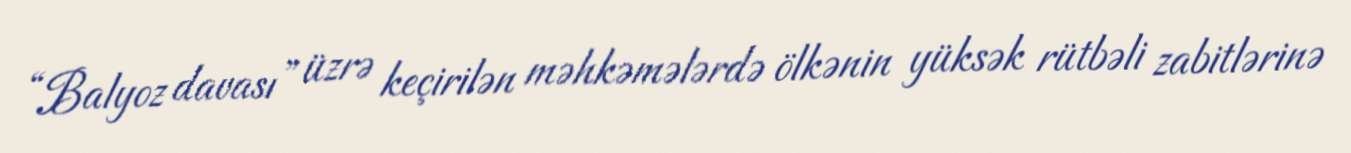
“Balyoz davası” üzrə keçirilən məhkəmələrdə ölkənin yüksək rütbəli zabitlərinə